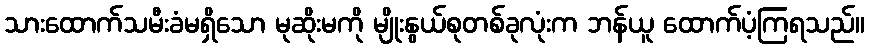
သားထောက်သမီးခံမရှိသော မုဆိုးမကို မျိုးနွယ်စုတစ်ခုလုံးက ဘန်ယူ ထောက်ပံ့ကြရသည်။